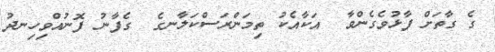
ގެ ގާތަށް ފާޅުވެގެންވާ  އަކާއެކު ތިމަންރަސްކަލާނގެ  ގެފާނު ފޮނުއްވިހިނދު